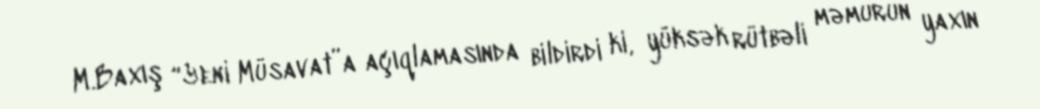
M.Baxış “Yeni Müsavat”a açıqlamasında bildirdi ki, yüksək rütbəli məmurun yaxın